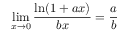
\operatorname* { l i m } _ { x \to 0 } { \frac { \ln ( 1 + a x ) } { b x } } = { \frac { a } { b } }